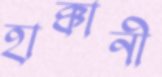
হাক্কানী